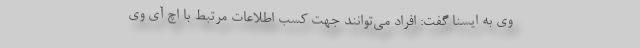
وی به ایسنا گفت: افراد می‌توانند جهت کسب اطلاعات مرتبط با اچ آی وی